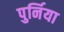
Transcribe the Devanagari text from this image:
पुर्निया